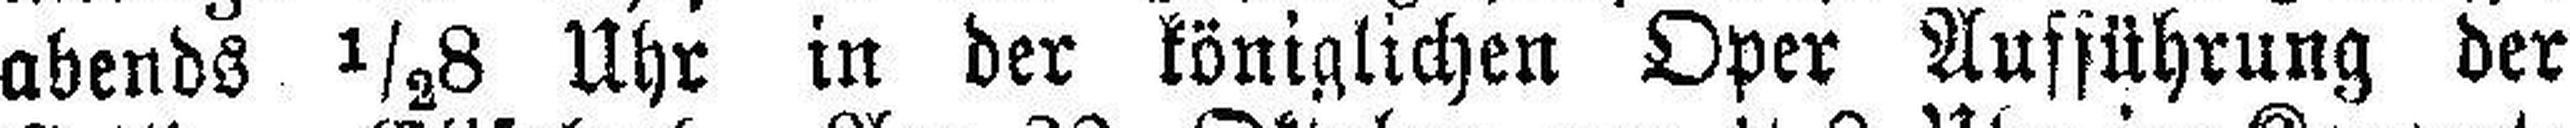
abends ½8 Uhr in der königlichen Oper Aufführung der